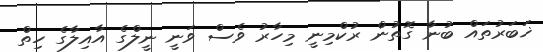
ޚަބަރުތައް ބުނާ ގޮތުން ރުކްމިނީ މިހާރު ވެސް ވަނީ ނީލްގެ އާއިލާގެ ހިތް